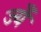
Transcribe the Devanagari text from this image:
ज्यँ